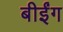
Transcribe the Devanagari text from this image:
बीईंग